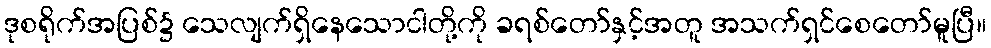
ဒုစရိုက်အပြစ်၌ သေလျက်ရှိနေသောငါတို့ကို ခရစ်တော်နှင့်အတူ အသက်ရှင်စေတော်မူပြီ။